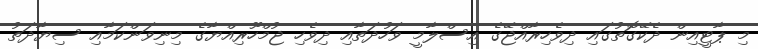
މި ޕާޓީއިން ދެކޭގޮތުގައި ދިވެހިރާއްޖޭގެ އިސްލާމީ ވަހުދަތާއި ދިވެހި ޖުމްހޫރިއްޔާގެ މިނިވަންކަމާއި ސިޔާދަތު